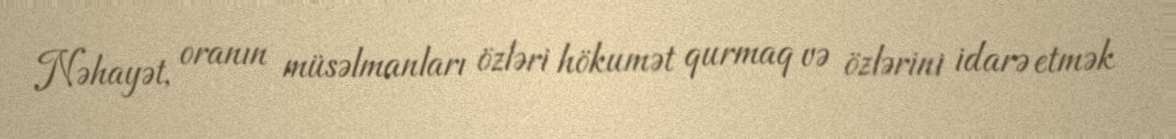
Nəhayət, oranın müsəlmanları özləri hökumət qurmaq və özlərini idarə etmək